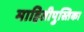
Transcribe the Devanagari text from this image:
माहितीपुस्तिका